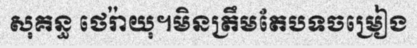
សុគន្ធ ថេរ៉ាយុ។មិនត្រឹមតែបទចម្រៀង